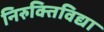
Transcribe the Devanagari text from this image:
निरुक्तिविद्या